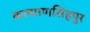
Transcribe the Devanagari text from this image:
कल्याणसिंहपुर